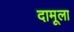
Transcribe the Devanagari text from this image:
दामूला